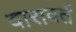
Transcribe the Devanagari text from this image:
वारावर्त